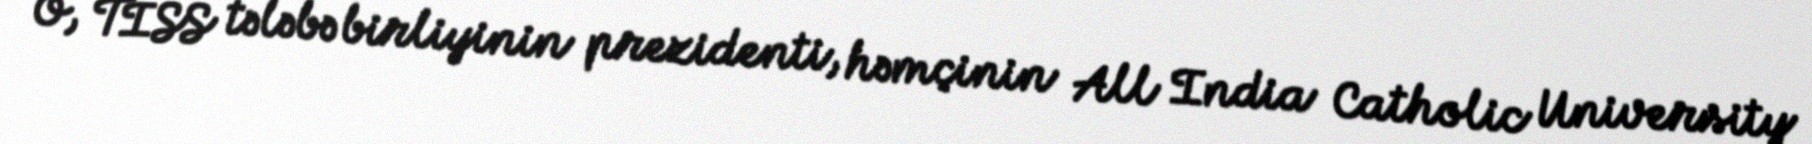
O, TISS tələbə birliyinin prezidenti, həmçinin All India Catholic University